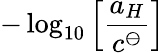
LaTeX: -\log_{10}\left[\frac{a_{H}}{c^{\ominus}}\right]